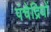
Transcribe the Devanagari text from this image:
पंचेद्रियों